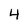
Character: 4